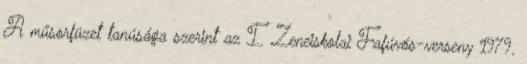
A műsorfüzet tanúsága szerint az I. Zeneiskolai Fafúvós-verseny 1979.